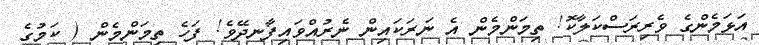
އަޅަމެންގެ ވެރިރަސްކަލާކޮ! ތިމަންމެން އެ ނަރަކައިން ނެރުއްވައިފާނދޭވެ! ފަހެ ތިމަންމެން ( ކަމުގެ